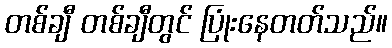
တစ်ချီ တစ်ချီတွင် ပြုံးနေတတ်သည်။